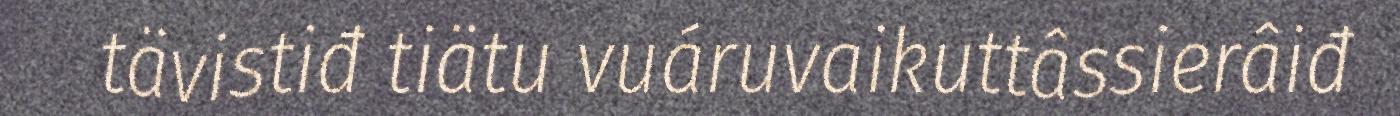
tävistiđ tiätu vuáruvaikuttâssierâiđ